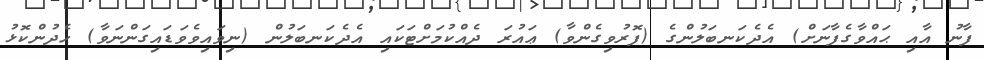
ފާނު އާއި ޙައްވާގެފާނަށް) އެދެކަނބަލުންގެ (ފޮރުވިގެންވާ) ޢައުރަ ދެއްކުމަށްޓަކައި އެދެކަނބަލުން (ނިވައިވެވަޑައިގަންނަވާ) ހެދުންކޮޅު